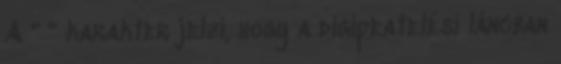
A " " karakter jelzi, hogy a digipeatelési láncban